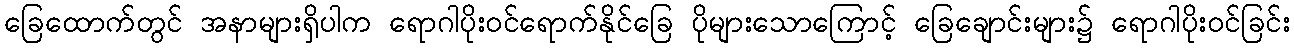
ခြေထောက်တွင် အနာများရှိပါက ရောဂါပိုးဝင်ရောက်နိုင်ခြေ ပိုများသောကြောင့် ခြေချောင်းများ၌ ရောဂါပိုးဝင်ခြင်း